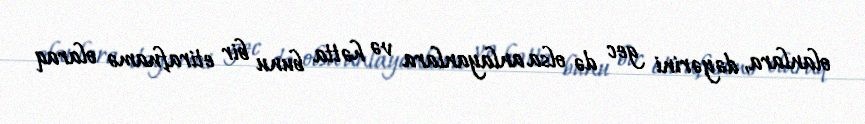
olanlara, dəyərini gec də olsa anlayanlara və hətta bunu bir etirafnamə olaraq